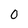
Character: 0